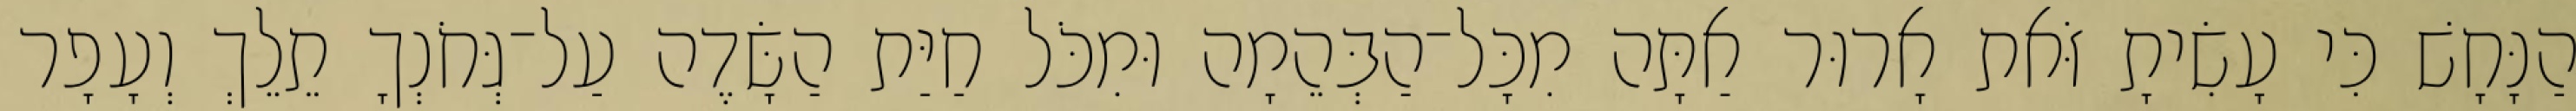
הַנָּחָשׁ כִּי עָשִׂיתָ זֹּאת אָרוּר אַתָּה מִכָּל־הַבְּהֵמָה וּמִכֹּל חַיַּת הַשָּׂדֶה עַל־גְּחֹנְךָ תֵלֵךְ וְעָפָר